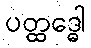
ပတ္ထဒ္ဓေါ